Annual administration report of the Civil Veterinary Department of India - 1903-1904
Year: 1903
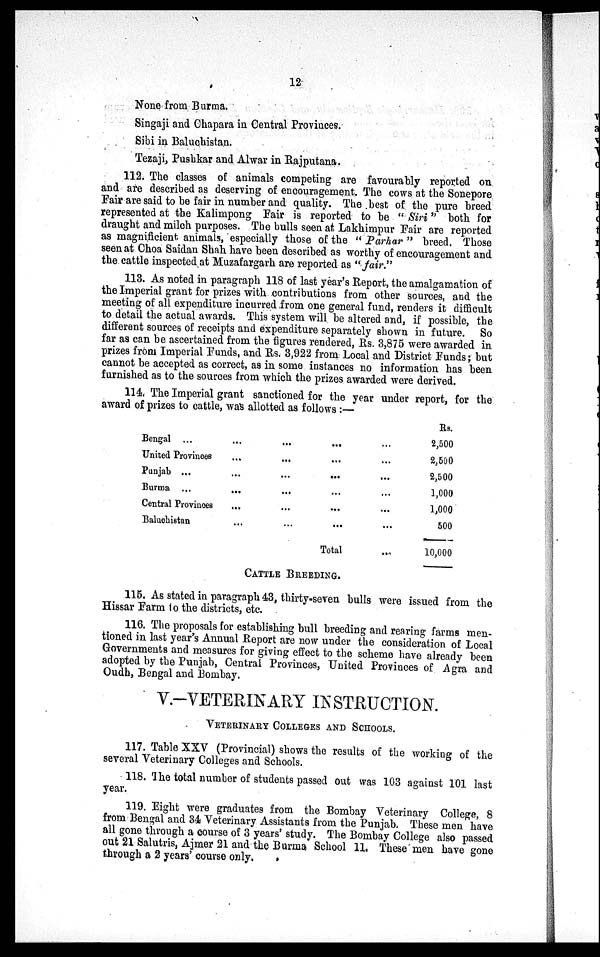
12
None from Burma.
Singaji and Chapara in Central Provinces.
Sibi in Baluchistan.
Tezaji, Pushkar and Alwar in Rajputana.
112. The classes of animals competing are favourably reported on
and are described as deserving of encouragement. The cows at the Sonepore
Fair are said to be fair in number and quality. The best of the pure breed
represented at the Kalimpong Fair is reported to be "Siri" both for
draught and milch purposes. The bulls seen at Lakhimpur Fair are reported
as magnificient animals, especially those of the "Parhar" breed. Those
seen at Choa Saidan Shah have been described as worthy of encouragement and
the cattle inspected at Muzafargarh are reported as "fair."
113. As noted in paragraph 118 of last year's Report, the amalgamation of
the Imperial grant for prizes with contributions from other sources, and the
meeting of all expenditure incurred from one general fund, renders it difficult
to detail the actual awards. This system will be altered and, if possible, the
different sources of receipts and expenditure separately shown in future. So
far as can be ascertained from the figures rendered, Rs. 3,875 were awarded in
prizes from Imperial Funds, and Rs. 3,922 from Local and District Funds; but
cannot be accepted as correct, as in some instances no information has been
furnished as to the sources from which the prizes awarded were derived.
114. The Imperial grant sanctioned for the year under report, for the
award of prizes to cattle, was allotted as follows:—
Bengal ... ... ... ... ...
United Provinces ... ... ... ...
Punjab ... ... ... ... ...
Burma ... ... ... ... ...
Central Provinces ... ... ... ...
Baluchistan ... ... ... ...
Total
Rs.
2,500
2,500
2,500
1,000
1,000
500
10,000
CATTLE BREEDING.
115. As stated in paragraph 43, thirty-seven bulls were issued from the
Hissar Farm to the districts, etc.
116. The proposals for establishing bull breeding and rearing farms men-
tioned in last year's Annual Report are now under the consideration of Local
Governments and measures for giving effect to the scheme have already been
adopted by the Punjab, Central Provinces, United Provinces of Agra and
Oudh, Bengal and Bombay.
V.-VETERINARY INSTRUCTION.
VETERINARY COLLEGES AND SCHOOLS.
117. Table XXV (Provincial) shows the results of the working of the
several Veterinary Colleges and Schools.
118. The total number of students passed out was 103 against 101 last
year.
119. Eight were graduates from the Bombay Veterinary College, 8
from Bengal and 34 Veterinary Assistants from the Punjab. These men have
all gone through a course of 3 years' study. The Bombay College also passed
out 21 Salutris, Ajmer 21 and the Burma School 11, These men have gone
through a 2 years' course only.